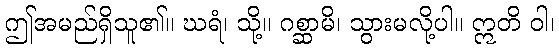
ဤအမည်ရှိသူ၏။ ဃရံ၊ သို့။ ဂစ္ဆာမိ၊ သွားမလို့ပါ။ ဣတိ ဝါ၊